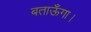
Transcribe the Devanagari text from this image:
बताऊँगा।